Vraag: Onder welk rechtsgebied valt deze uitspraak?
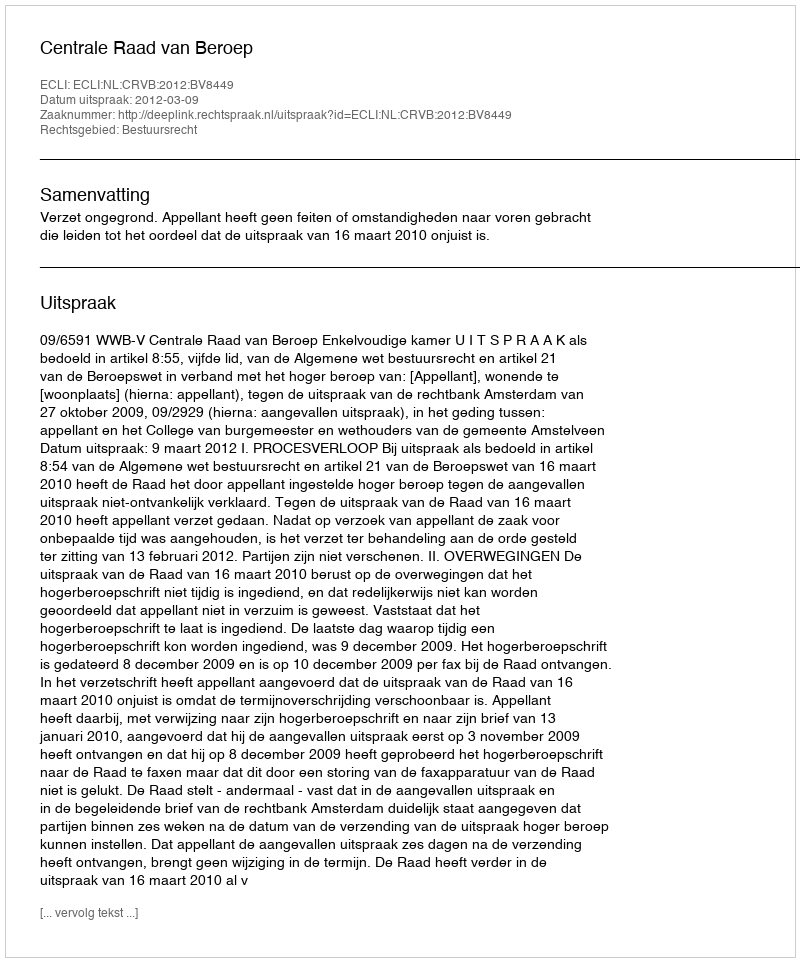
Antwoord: Bestuursrecht